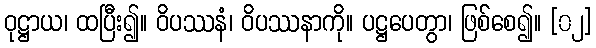
ဝုဋ္ဌာယ၊ ထပြီး၍။ ဝိပဿနံ၊ ဝိပဿနာကို။ ပဋ္ဌပေတွာ၊ ဖြစ်စေ၍။ [၀၂]